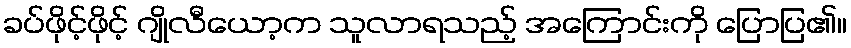
ခပ်ဖိုင့်ဖိုင့် ဂျိုလီယော့က သူလာရသည့် အကြောင်းကို ပြောပြ၏။